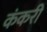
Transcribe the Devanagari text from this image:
कंकरी